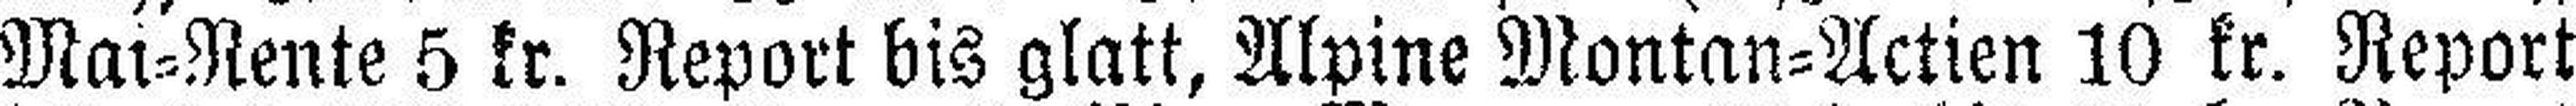
Mai=Rente 5 kr. Report bis glatt, Alpine Montan=Actien 10 kr. Report